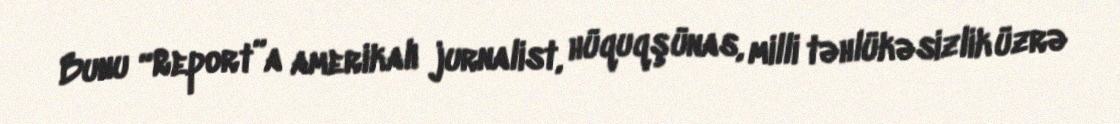
Bunu “Report”a amerikalı jurnalist, hüquqşünas, milli təhlükəsizlik üzrə